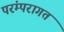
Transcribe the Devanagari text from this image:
परंम्परागत